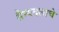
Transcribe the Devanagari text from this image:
सैन्यदलाचे